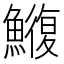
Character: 𮬑